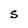
Character: S